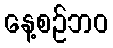
နေ့စဉ်ဘဝ